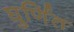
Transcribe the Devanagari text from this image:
घुर्णित